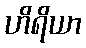
ဟိရိယာ